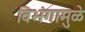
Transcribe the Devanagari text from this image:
विभंगामुळे